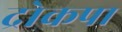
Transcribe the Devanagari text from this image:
द्रोकपा